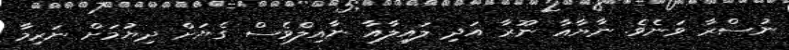
ނުސްރާ ވަނެވެ. ނާޔާއާ ނޫރާ އަދި ލައިލާއާ ނާއިލްވެސް ގެޔަށް ދިޔުމަށް ނަރިމާ